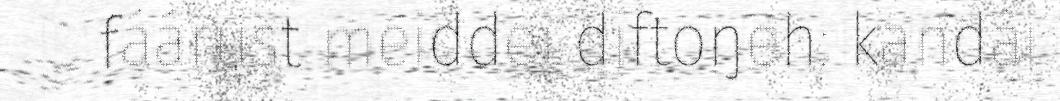
fáárust meiddei diftoŋeh: kandâi